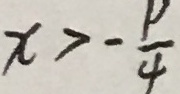
x > - \frac { p } { 4 }